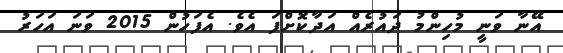
އޭނާ ވަނީ މުހިންމު ދައުރެއް އަދާކޮށްފަ އެވެ. އެފަހުން 2015 ވަނަ އަހަރު